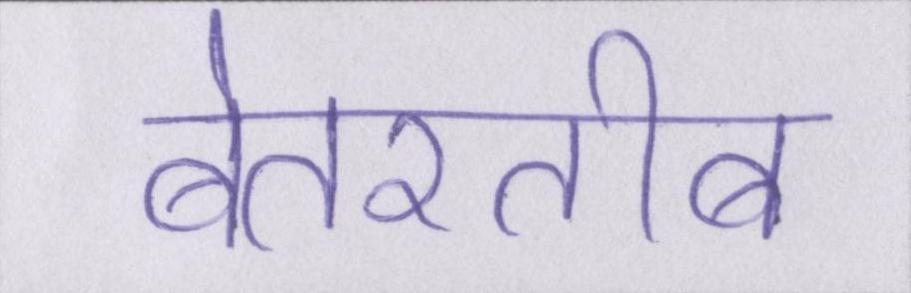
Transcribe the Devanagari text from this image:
बेतरतीब